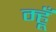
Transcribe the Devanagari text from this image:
म्हूँ